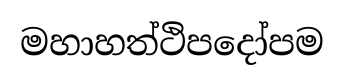
මහාහත්ථිපදෝපම